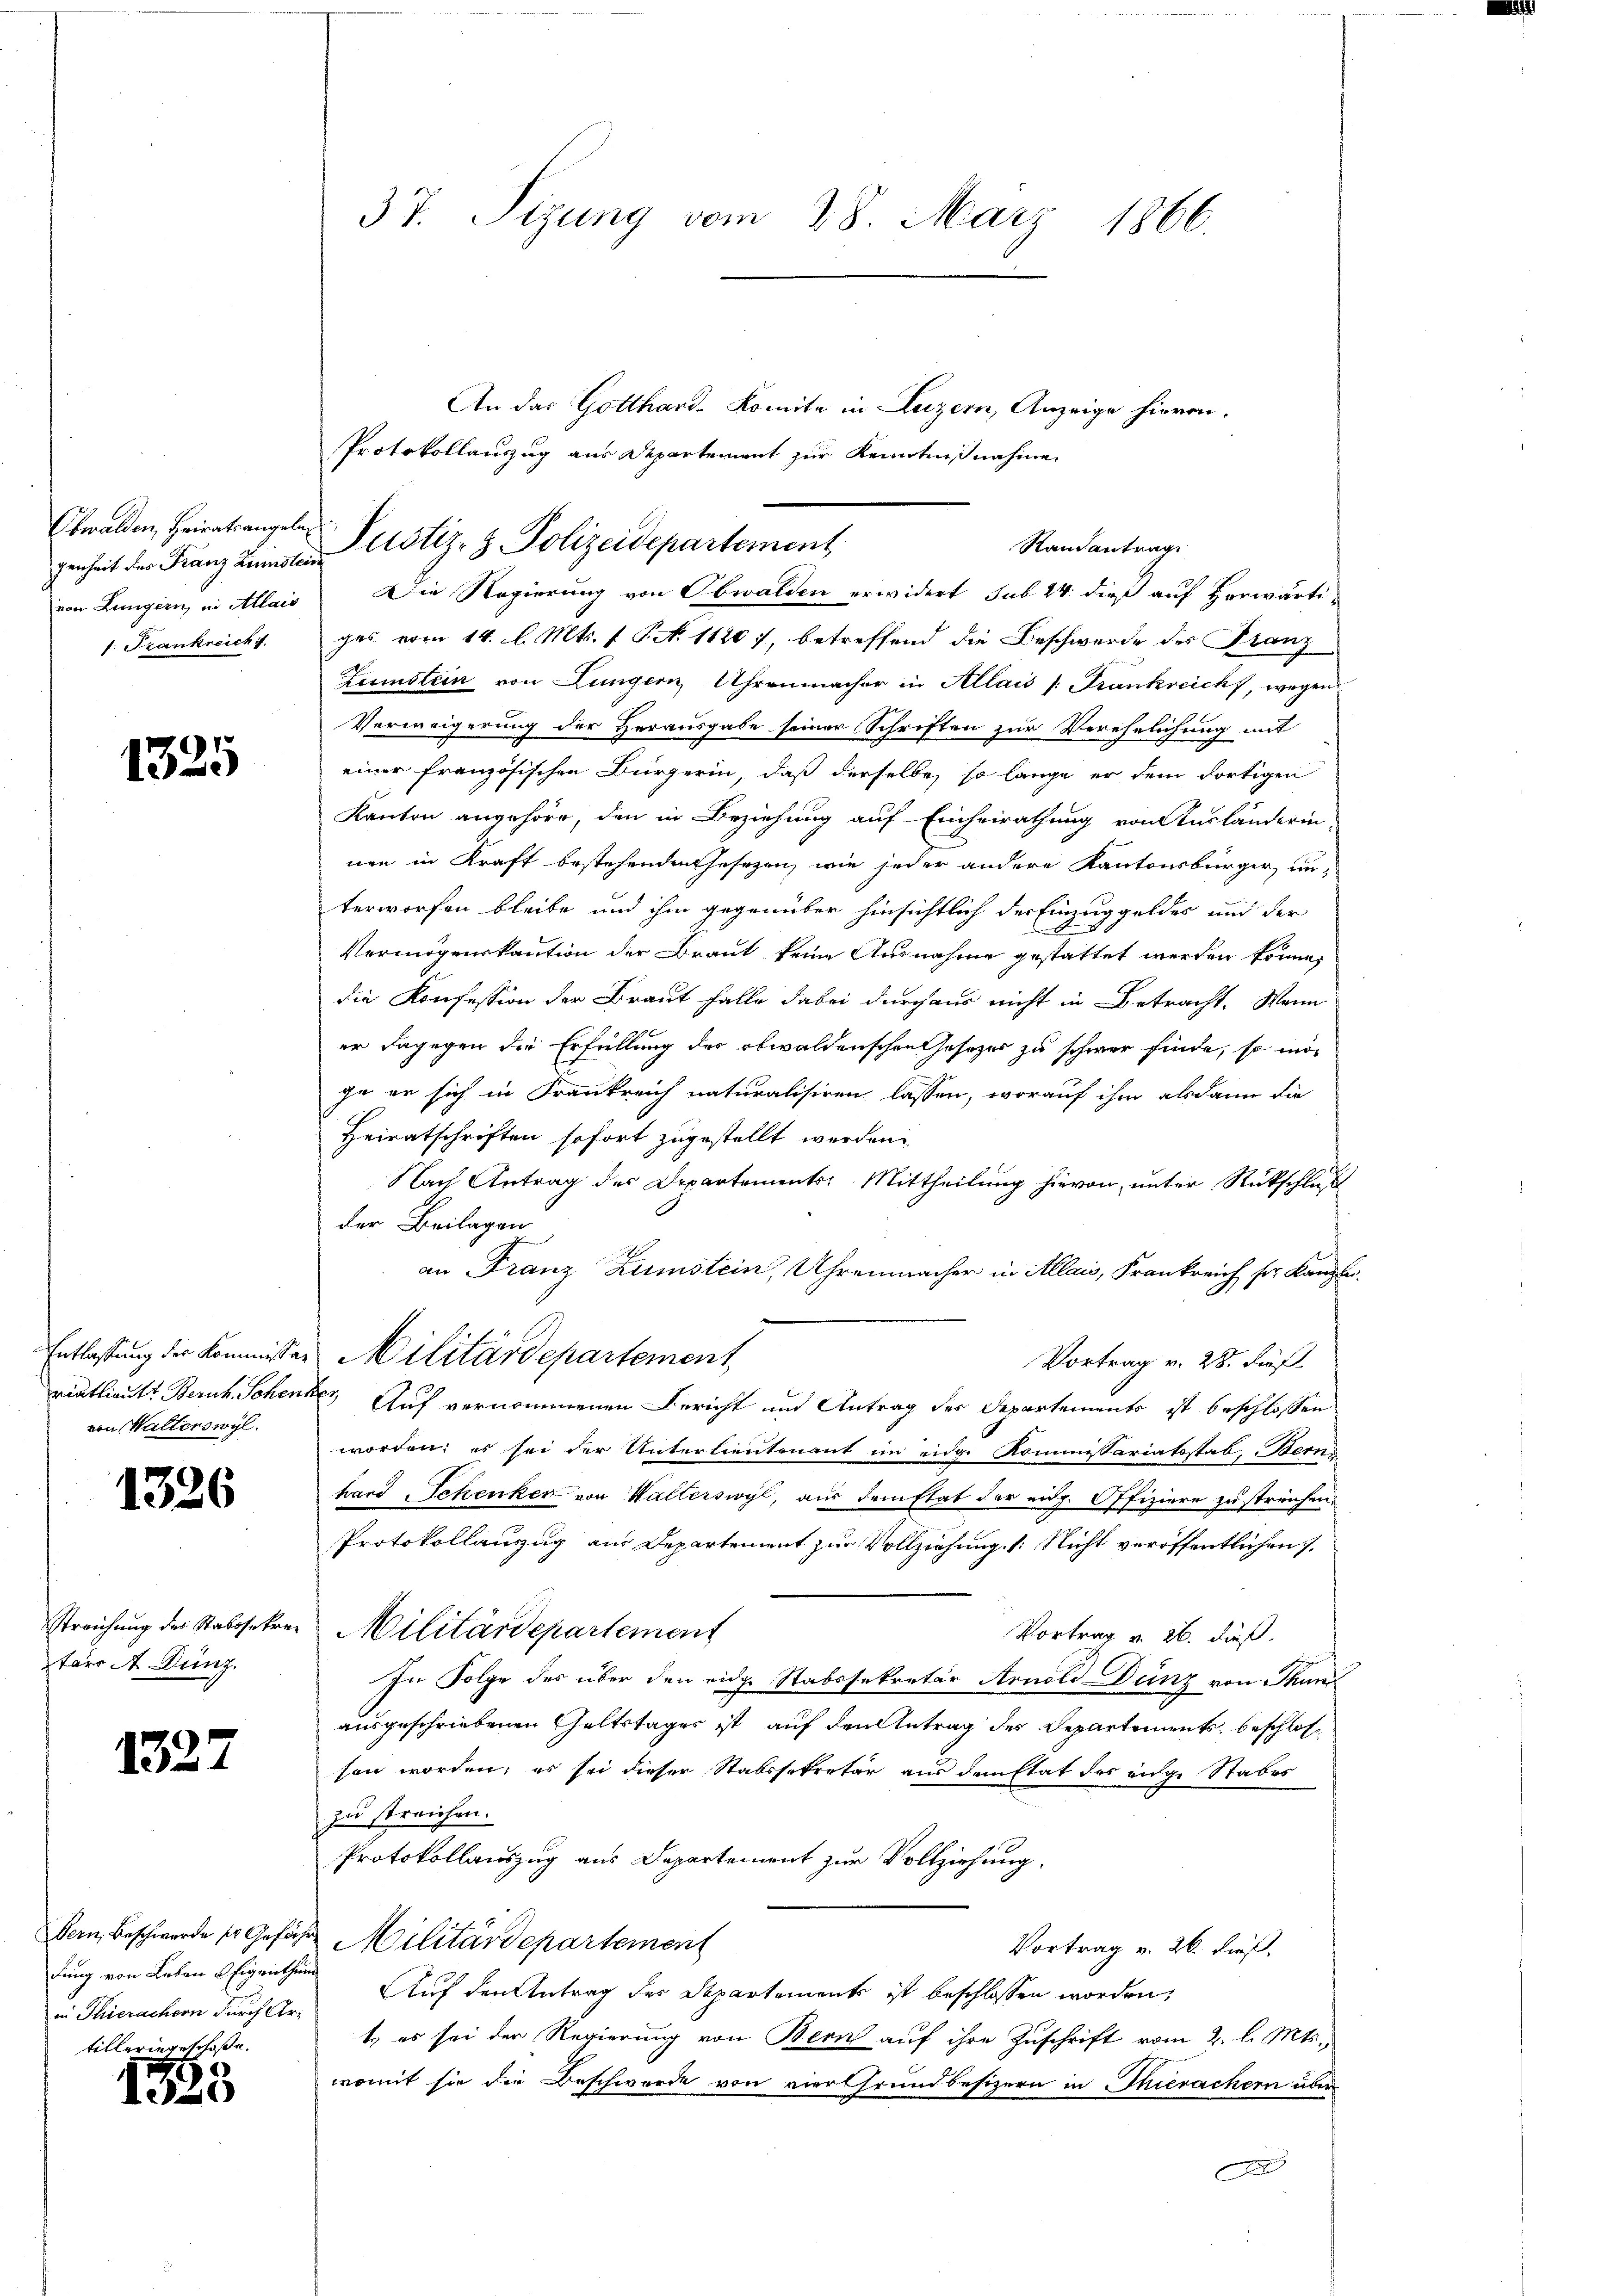
genheit des Franz Zinslein
1. Frankreich

1325

von Walterswyl.

1326

Streichung des Stabssekre
tärs A. Dunz.

1327

dung von Leben u Eigenthum
in Thierachern durch Artilleriege Erlaße.

1588

37. Sizung vom 28. März 1866.

An das Gotthard-Komite in Luzern, Anzeige hievon.
Protokollauszug aus Departement zur Kenntnißnahme
von Lungern, in Allais. Die Regierung von Obwalden erwidert sub 24. dieß auf Horwärti-
ges vom 14. d. Mts. f. P. N. 1120 7, betreffend die Beschwerde des Franz
Zumstein von Lungern, Uhrenmacher in Allais /: Frankreicht, wegen
Verweigerung der Herausgabe seiner Schriften zur Verehelichung mit
einer französischen Bürgerin, daß derselbe, so lange er dem dortigen
Kanton angehöre, den in Beziehung auf Einheirathung von Ausländerin
nen in Kraft bestehenden Gesezen, wie jeder andere Kantonsbürger, un-
terworfen bleibe und ihm gegenüber hinsichtlich der Einzuggeldes und der
Vermögenskaution der Braut keine Ausnahme gestattet werden könne,
die Konfession der Fraut Falle dabei durchaus nicht in Betracht. Wenn
er dagegen die Erfüllung des obwaldenschen Gesezes zu schwer finde, so mor
ge er sich in Frankreich naturalisiren lassen, worauf ihm alsdann die
Heiratschriften sofort zugestellt werden.
Nach Antrag des Departements Mittheilung hievon, unter Rückschluß
der Beilagen
an Franz Zumstein, Uhrenmacher in Allais, Frankreich sr. Kanzlei¬
Entlassung der Kommissor Militärdepartement
Vortrag v. 28. dieß
ristlieutt Bernh. Schenker, Auf vernommenen Bericht und Antrag des Departements ist beschlossen
worden; es sei der Unterlieutenant im eidg. Kommissariatsstat, Bern
hard Schenker von Walterswyl, aus dem stat der eidg. Offiziere zu streichen.
Protokollanzug aus Departement zur Vollziehung (: Nicht veröffentlichen
"Militärdepartement
Vortrag v. 26. dieß.
In Folge des über den eidge Stabssekretär Arnold Düng von Thund
ausgeschriebenen Geltstages ist auf den Antrag des Departements, beschlossen worden; es sei dieser Stabssekretär aus dem Etat des eidge Stabes
zu streichen.
Protokollauszug aus Departement zur Vollziehung.
Bern, Beschwerde ser Gefähr Militärdepartement
Vortrag v. 26. dieß.
Auf den Antrag des Departements ist beschlossen worden,
t es sei der Regierung von Bern auf ihre Zuschrift vom 2. l. Mts.
womit sie die Beschwerde von viertfrundbesizern in Thierachern über
A

Obwalden, Heiratsangele Justiz- & Polizeidepartement

Randantrag